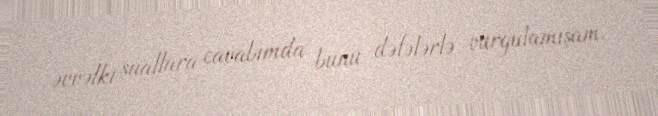
əvvəlki suallara cavabımda bunu dəfələrlə vurğulamışam.